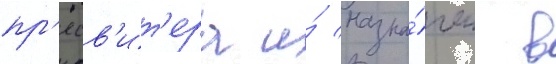
пр'есв'ит'ера и́ назна́чен в